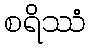
စရိဿံ